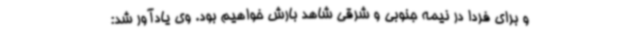
و برای فردا در نیمه جنوبی و شرقی شاهد بارش خواهیم بود. وی یادآور شد: